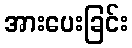
အားပေးခြင်း